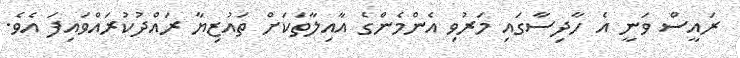
ރައީސް ވަނީ އެ ހާދިސާގައި މަރުވި އެންމެންގެ އާއިލާތަކަށް ތައުޒިޔާ ރައްދުކުރައްވައިފަ އެވެ.